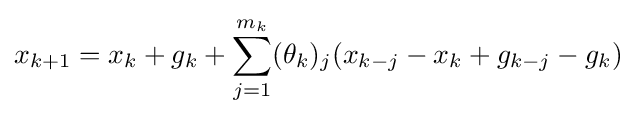
x_{k+1}=x_{k}+g_{k}+\sum _{j=1}^{m_{k}}(\theta _{k})_{j}(x_{k-j}-x_{k}+g_{k-j}-g_{k})